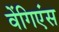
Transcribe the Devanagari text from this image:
वेंगिएंस